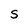
Character: S